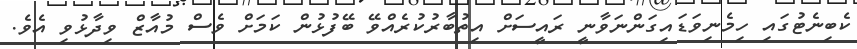
ކެބިނެޓުގައި ހިމެނިވަޑައިގަންނަވާނީ ރައީސަށް އިތުބާރުކުރެއްވޭ ބޭފުޅުން ކަމަށް ވެސް މުއާޒް ވިދާޅުވި އެވެ.